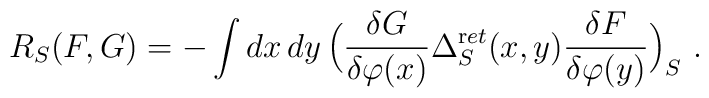
R_{S}(F,G)=-\int dx\, dy\, \Bigl(\frac{\delta G}{\delta \varphi(x)}        \Delta_S^{\mathrm ret}(x,y)        \frac{\delta F}{\delta \varphi(y)}\Bigr)_S\ .